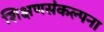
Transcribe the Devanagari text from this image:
शिक्षणसंकल्पना